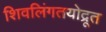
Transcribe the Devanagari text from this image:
शिवलिंगतयोद्रूत